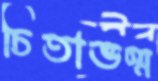
চিতাভস্ম